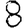
Digit: 8